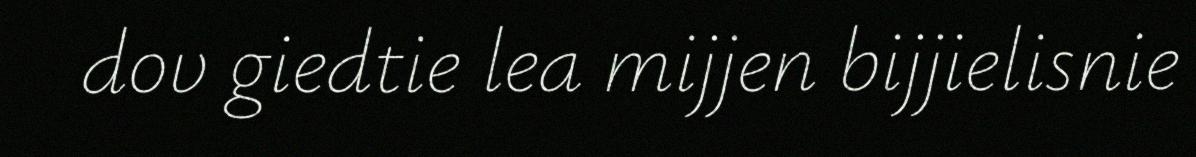
dov giedtie lea mijjen bijjielisnie